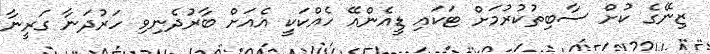
ޒިނޭގެ ކުށް ސާބިތުކުރުމަށް ޓަކައި ޑީއެންއޭ ހެއްކަކީ އެއަށް ބާރުދެނިވި ހަރުދަނާ ގަރީނާ